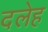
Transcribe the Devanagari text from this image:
दलेह